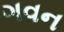
ગવન